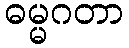
ဓမ္မဂတာ